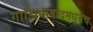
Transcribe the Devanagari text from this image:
गाझियाबादमधूनच